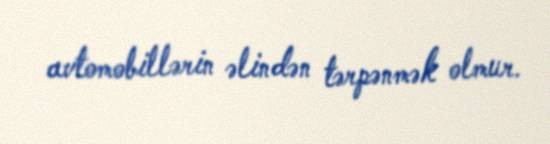
avtomobillərin əlindən tərpənmək olmur.